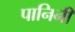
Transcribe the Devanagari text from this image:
पानिनी